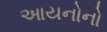
આયનોનો